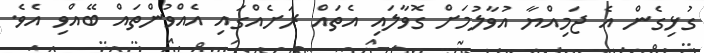
ގުޅިގެން އެ ޖަމިއްޔާ އުވާލުމަށް ގޮވާލައި އެތައް ރަށެއްގައި އެއްވުންތައް ބޭއްވި އެވެ.